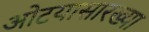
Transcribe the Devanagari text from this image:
ओटयासारख्या